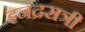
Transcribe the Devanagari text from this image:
इनद्रसत्री